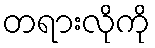
တရားလိုကို